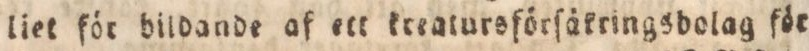
liet för bildande af ett kreatursförſäkringsbolag för